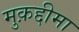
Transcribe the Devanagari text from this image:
मुक़द्दीमा